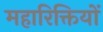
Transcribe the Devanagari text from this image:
महारिक्तियों